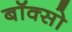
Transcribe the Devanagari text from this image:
बॉक्सो